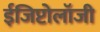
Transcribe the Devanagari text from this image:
ईजिप्टोलॉजी